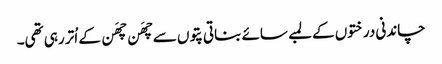
چاندنی درختوں کے لمبے سائے بناتی پتوں سے چھَن چھَن کے اُتر رہی تھی۔